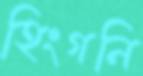
হিংগনি